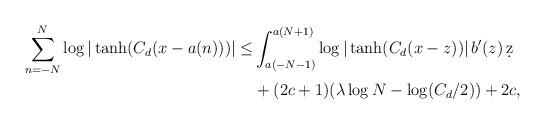
LaTeX: \begin{align*}\sum_{n=-N}^{N} \log | \tanh(C_{d}(x - a(n))) | \leq & \int_{a(-N-1)}^{a(N+1)} \log | \tanh(C_{d}(x - z)) | \, b'(z)\, \d z \\& + (2c+1) (\lambda \log N - \log (C_{d}/2)) + 2c, \end{align*}